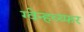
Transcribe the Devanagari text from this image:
ग्वेन्हव्य्फर